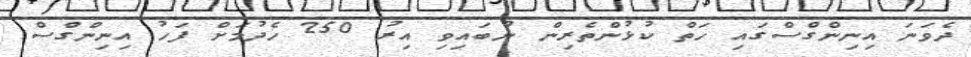
ދެވަނަ އިނިންގްސްގައި ހަތް ކުޅުންތެރިން ނުބައިވި އިރު 250 ހެދުމަށް ފަހު އިނިންގްސް